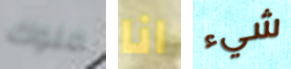
ملوك انا شيء